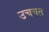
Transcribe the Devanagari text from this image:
उचचत